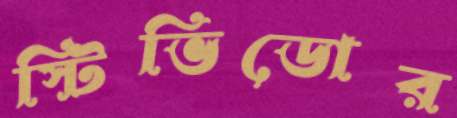
স্টিভিডোর